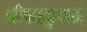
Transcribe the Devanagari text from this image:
श्रीकाकुळम